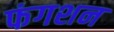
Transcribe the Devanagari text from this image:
फंगशन